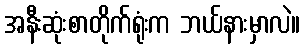
အနီးဆုံးစာတိုက်ရုံးက ဘယ်နားမှာလဲ။